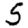
Digit: 5